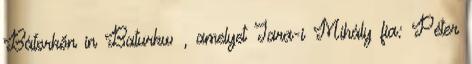
Bátorkőn in Baturkw , amelyet Jara-i Mihály fia: Péter